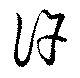
許